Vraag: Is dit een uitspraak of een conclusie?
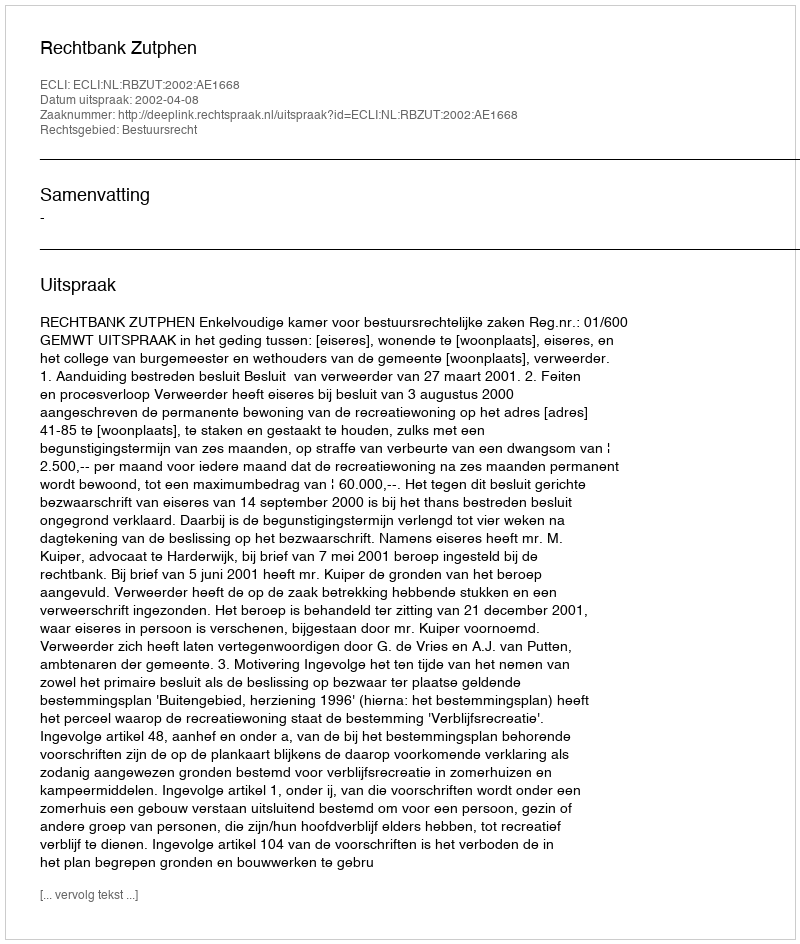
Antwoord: Uitspraak